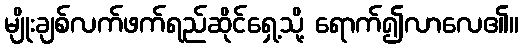
မျိုးချစ်လက်ဖက်ရည်ဆိုင်ရှေ့သို့ ရောက်၍လာလေ၏။